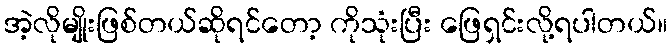
အဲ့လိုမျိုးဖြစ်တယ်ဆိုရင်တော့ ကိုသုံးပြီး ဖြေရှင်းလို့ရပါတယ်။